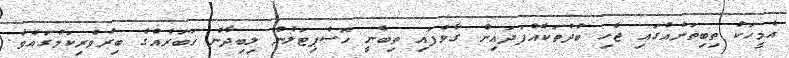
އެމީހަކު ތިބިތަނެއްގައި ޖެހި ބުދުތަކެއްފަދައިން ގާވެފައި ތިބެނީ ހޮސްޕިޓަލުން ލިބިދާނެ ޚަބަރެއްގެ ބިރުވެރިކަމުގައެވެ.